Vital statistics of India. Vol. IV, Annual returns from 1871 to 1876. British Army of India, Native Army and jails of Bengal
Year: 1871
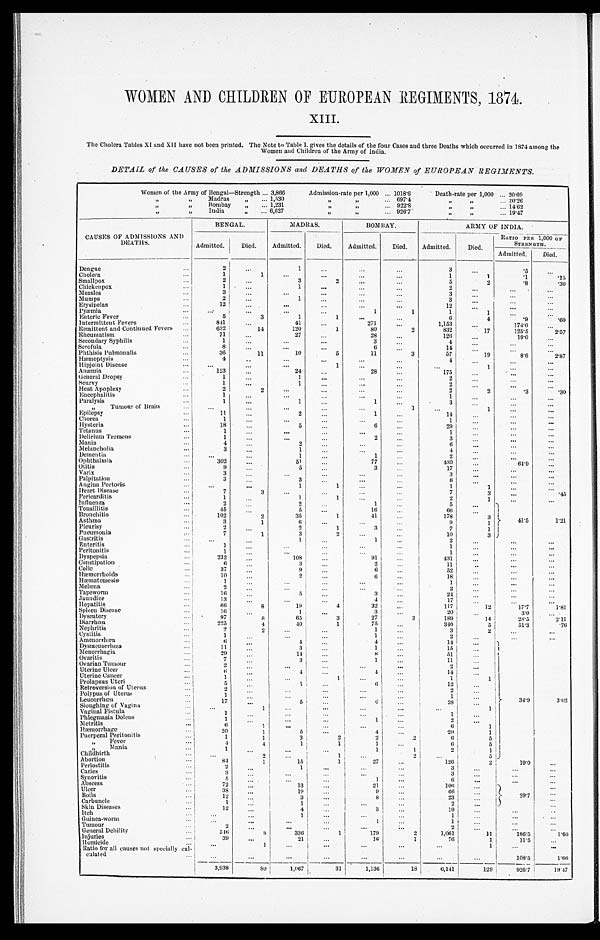
WOMEN AND CHILDREN OF EUROPEAN REGIMENTS, 1874.
XIII.
The Cholera Tables XI and XII have not been printed. The Note to Table I. gives the details of the four Cases and three Deaths which occurred in 1874 among the
Women and Children of the Army of India.
DETAIL of the CAUSES of the ADMISSIONS and DEATHS of the WOMEN of EUROPEAN REGIMENTS .
Women of the Army of Bengal—Strength . . . 3,866
Admission-rate per 1,000 . . . 1018.6
Death-rate per 1,000 . . . 20.69
" " M a d r a s " . . . 1,530
" " . . . 697.4
" " . . .
20.26
" " Bombay
" . . . 1,231
" " . . . 922.8
" " . . .
14. 62
" " India " . . . 6,627
" " . . . 926.7
" " . . . 19.47
CAUSES OF ADMISSIONS AND
DEATHS.
BENGAL.
MADRAS.
BOMBAY.
ARMY OF INDIA.
Admitted.
Died.
Admitted.
Died.
Admitted.
Died.
Admitted.
Died.
RATIO PER 1,000 OF
STRENGTH.
Admitted.
Died.
Dengue . . .
2
. . .
1
. . .
. . .
. . .
3
. . .
.5
. . .
Cholera . . .
1
1
. . .
. . .
. . .
. . .
1
1
.1
. 1 5
Smallpox . . .
2
. . .
3
2
. . .
. . .
5
2
.8
. 3 0
Chickenpox . . .
1
. . .
1
. . .
. . .
. . .
2
. . .
. . . . . .
Measles . . .
3
. . .
. . .
. . .
. . .
3
. . .
. . .
. . .
Mumps . . .
2
. . .
1
. . .
. . .
. . .
3
. . .
. . .
. . .
Erysipelas . . .
12
. . .
. . .
. . .
. . .
. . .
12
. . .
. . .
. . .
Pyæmia . . .
. . .
. . .
. . .
. . .
1
1
1
1
. . .
. . .
Enteric Fever . . .
5
3
1
1
. . .
. . .
6
4
. 9
. 6 0
Intermittent Fevers . . .
841
. . .
41
. . .
271
. . .
1,153
. . .
174.0
. . .
Remittent and Continued Fevers . . .
632
14
120
1
80
2
832
17
125.5
2.57
Rheumatism . . .
71
. . .
27
. . .
28
. . .
126
. . .
19.0
. . .
Secondary Syphilis . . .
1
. . .
. . .
. . .
3
. . .
4
. . .
. . .
. . .
Scrofula . . .
8
. . .
. . .
. . .
6
. . .
14
. . .
. . .
. . .
Phthisis Pulmonalis . . .
36
11
10
5
11
3
57
19
8.6
2 . 8 7
Hæmoptysis . . ..
4
. . .
. . .
. . .
. . .
. . .
4
. . .
. . .. . .
H i p j o i n t D i s e a s e . . .
. . .
. . .
. . .
1
. . .
. . .
. . .
1
. . .
. . .
Anæmia . . .
123
. . .
24
. . .
28
. . .
175
. . .
. . .
. . .
General Dropsy . . .
1
. . .
1
. . .
. . .
. . .
2
. . .
. . .
. . .
Scurvy . . .
1
. . .
1
. . .
. . .
. . .
2
. . .
. . .
. . .
Heat Apoplexy . . .
2
2
. . .
. . .
. . .
. . .
2
2
.3
.30
Encephalitis . . .
1 . . .
. . .
. . .
. . .
. . .
1
. . .
. . .. . .
Paralysis . . .
1
. . .
1
. . .
1
. . .
3
. . .
. . .
. . .
" T u m o u r o f B r a i n . . .
. . .
. . .
. . .
. . .
. . .
1
. . .
1 . . .
. . .
Epilepsy . . .
11
. . .
2
. . .
1
. . .
14
. . .
. . .
. . .
Chorea . . .
1
. . .
. . .
. . .
. . .
. . .
1
. . .. . .
. . .
Hysteria . . .
18
. . .
5
. . .
6
. . .
29
. . .
. . .
. . .
Tetanus . . .
1
. . .
. . .
. . .
. . .
. . .
1
. . .
. . .
. . .
D e l i r i u m T r e m e n s . . .
1
. . .
. . .
. . .
2
. . .
3
. . .
. . .
. . .
Mania . . .
4
. . .
2
. . .
. . .
. . .
6
. . .
. . .
. . .
Melancholia . . .
3
. . .
1
. . .
. . .
. . .
4
. . .
. . .
. . .
Dementia . . .
. . .
. . .
1
. . .
1
. . .
2
. . .
. . .
. . .
Ophthalmia . . .
302
. . .
51
. . .
77
. . .
430
. . .
64.9 . . .
Otitis . . .
9 . . .
5
. . .
3
. . .
17
. . .
. . .. . .
Varix . . .
3
. . .
. . .
. . .
. . .
. . .
3
. . .
. . .
. . .
Palpitation . . .
3 . . .
3
. . .
. . .
. . .
6
. . .
. . .
. . .
Angina Pectoris . . .
. . .
. . .
1
1
. . .
. . .
1
1
. . .
. . .
Heart Disease . . .
7
3
. . .
. . .
. . .
. . .
7
3
. . .
. 4 5
Pericarditis . . .
1
. . .
1
1
. . .
. . .
2
1
. . .
. . .
Influenza . . .
2
. . .
. . .
. . .
1
. . .
5
. . .
41.5
Tonsillitis . . .
45
. . .
5
. . .
16
. . .
66
. . .
Bronchitis . . .
102
2
35
1
41
. . .
178
3
Asthma . . .
3
1
6
. . .
. . .
. . .
9
1
1.21
Pleurisy . . .
2
. . .
2
1
3
. . .
7
1
Pneumonia . . .
7
1
3
2
. . .
. . .
10
3
- G a s t r i t i s . . .
. . .
. . .
1
. . .
1
. . .
2
. . .
. . .
. . .
Enteritis . . .
1
. . .
. . .
. . .
. . .
. . .
1
. . .
. . .
. . .
Peritonitis . . .
1
. . .
. . .
. . .
. . .
. . .
1
. . . . . .
. . .
Dyspepsia . . .
232
. . .
108
. . .
91
. . .
431.
. . .
. . .
. . .
Constipation
6
. . .
3
. . .
2
. . .
11
. . .
. . .
. . .
Colic . . .
37
. . .
9 . . .
6
. . .
52
. . . . . .
. . .
Hæmorrhoids . . .
10
. . .
2
. . .
6
. . .
18
. . .
. . .
. . .
Hæmatemesis . . .
1
. . .
. . .
. . .
. . .
. . .
1
. . .
. . .
. . .
M e l æ n a . . .
2
. . .
. . .
. . .
. . .
. . .
2
. . .
. . .
. . .
T a p e w o r m . . .
16
. . .
5
. . .
3
. . .
24
. . .
. . .
. . .
Jaundice . . .
13 . . .
. . .
. . .
4
. . .
17
. . .
. . .
. . .
Hepatitis . . .
66
8
19
4
32
. . .
117
12
17.7
1.81
Spleen Disease . . .
16
. . .
1
. . .
3
. . .
20
. . .
3.0 . . .
Dysentery . . .
97
8
65
3
27
3
189
14
28.5
2 . 1 1
Diarrhœa . . .
225
4
40
1
75
. . .
340
5
51.3
.76
Nephritis . . .
2
2
. . .
. . .
1
. . .
3
2
. . . . . .
Cystitis . . .
1
. . .
. . .
. . .
1
. . .
2
. . .
. . .
. . .
Amenorrhœa . . .
6
. . .
4
. . .
4
. . .
14
. . .
34.9
3 . 0 2
Dysmenorrhœa . . .
11 . . .
3
. . .
1
. . .
15
. . .
Menorrhagia . . .
29 . . .
14
. . .
8
. . .
51
. . .
Ovaritis . . .
7 . . .
3
. . .
1
. . .
11
. . .
Ovarian Tumour . . .
2
. . .
. . .
. . .
. . .
. . .
2
. . .
Uterine Ulcer . . .
6
. . .
4
. . .
4
. . .
14
. . .
. U t e r i n e C a n c e r . . .
1 . . .
. . .
1
. . .
. . .
1
1
Prolapsus Uteri . . .
5
. . .
1
. . .
6
. . .
12
. . .
Retroversion of Uterus . . .
2
. . .
. . .
. . .
. . .
. . .
2
. . .
Polypus.of Uterus . . .
1 . . .
. . .
. . .
. . .
. . .
1
. . .
Leueorrhœa . . .
17
. . .
5
. . .
6
. . .
28
. . .
Sloughing of Vagina . . .
. . .
1
. . .
. . .
. . .
. . .
. . .
1
Vaginal Fistula . . .
1
. . .
. . .
. . .
. . .
. . .
1
. . .
Phlegmasia Dolens . . .
1
. . .
. . .
. . .
1
. . .
2
. . .
Metritis . . .
6
1
. . .
. . .
. . .
. . .
6
1
Hæmorrhage . . .
20
1
5
. . .
4
. . .
29
1
Puerperal Peritonitis . . .
1
1
3
2
2
2
6
5
" Fever . . .
4
4
1
1
1
. . .
6
5
" M a n i a . . .
1
. . .
. . .
. . .
1
1
2
1
Childbirth . . .
. . .
2
. . .
1
. . .
2
. . .
5
Abortion . . .
84
1
15
1
27
. . .
126
2
19.0
. . .
Periostitis . . .
2
. . .
1
. . .
. . .
. . .
3
. . .
. . .
. . .
Caries . . .
3 . . .
. . .
. . .
. . .
. . .
3
. . .
. . .
. . .
Synovitis . . .
5
. . .
. . .
. . .
. . .
. . .
6
. . .
. . .
. . .
Abscess . . .
72
. . .
13
. . .
21
. . .
106 . . .
29.7
. . .
Ulcer . . .
38
. . .
19
. . .
9
. . .
66
. . .
. . .
Boi l s . . .
12 . . .
3
. . .
8
. . .
23
. . .
. . .
Carbuncle . . .
1
. . .
1
. . .
. . .
. . .
2
. . .
. . .
Skin Diseases . . .
12
. . .
4
. . .
3
. . .
19
. . .
. . .
. . .
Itch . . .
. . .
. . .
1
. . .
. . .
. . .
1
. . .
. . .
. . .
Guinea-worm . . .
. . .. . .
. . .
. . .
1
. . .
1
. . .
. . .
. . .
Tumour . . .
2 . . .
. . .
. . .
. . .
. . .
2
. . .
. . .
. . .
General Debility . . .
546
8
336 1
179
2
1,061
11
1 8 6 . 5
1.66
Injuries . . .
39
. . .
21
. . .
16
1
76
1
11.5
. . .
H o m i c i d e . . .
. . .
1
. . .
. . .
. . .
. . .
. . .
1
. . .
. . .
Ratio for all causes not specially cal-
c u l a t e d . . .
. . .
. . .
. . .
. . .
. . .
. . .
. . .
. . .
1 0 8 . 5
1.66
3,938
80
1,067
31
1,136
18
6,141
129
926.7
19.47